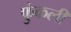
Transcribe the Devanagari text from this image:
फुंकली